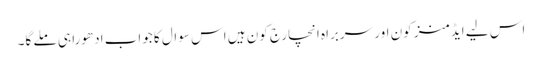
اس لیے ایڈمنز کون اور سربراہ انچارج کون ہیں اس سوال کا جواب ادھورا ہی ملے گا۔